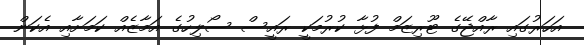
އަހަރުގައި ރާއްޖޭގެ ޓޫރިޒަމް ފުޅާ ކުރުމަކީ ރައީސް ސޯލިހުގެ އަމާޒެއް ކަމަށާއި އެކަން